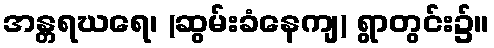
အန္တရဃရေ၊ (ဆွမ်းခံနေကျ) ရွာတွင်း၌။